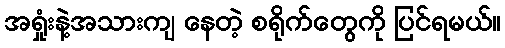
အရှုံးနဲ့အသားကျ နေတဲ့ စရိုက်တွေကို ပြင်ရမယ်။